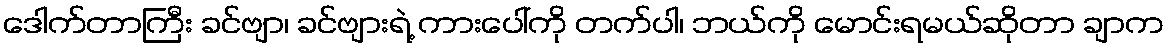
ဒေါက်တာကြီး ခင်ဗျာ၊ ခင်ဗျားရဲ့ ကားပေါ်ကို တက်ပါ၊ ဘယ်ကို မောင်းရမယ်ဆိုတာ ချာက